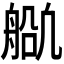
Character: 𬜕